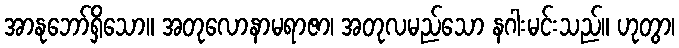
အာနုဘော်ရှိသော။ အတုလောနာမရာဇာ၊ အတုလမည်သော နဂါးမင်းသည်။ ဟုတွာ၊